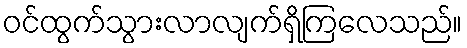
ဝင်ထွက်သွားလာလျက်ရှိကြလေသည်။